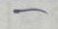
-